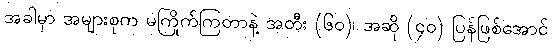
အခါမှာ အများစုက မကြိုက်ကြတာနဲ့ အတီး (၆၀)၊ အဆို (၄၀) ပြန်ဖြစ်အောင်